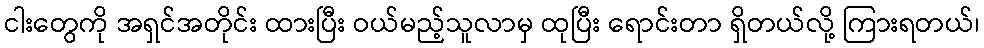
ငါးတွေကို အရှင်အတိုင်း ထားပြီး ဝယ်မည့်သူလာမှ ထုပြီး ရောင်းတာ ရှိတယ်လို့ ကြားရတယ်၊